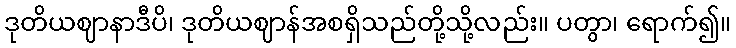
ဒုတိယဈာနာဒီပိ၊ ဒုတိယဈာန်အစရှိသည်တို့သို့လည်း။ ပတွာ၊ ရောက်၍။